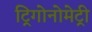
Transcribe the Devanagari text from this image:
ट्रिगोनोमेट्री